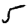
Digit: 5